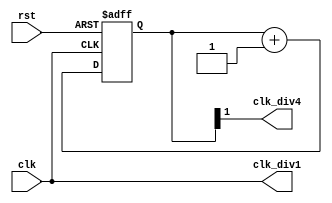
/* clock divider */
module clkgen (
	/* input clock, reset signal */
	input wire clk, rst,
	/* generated clocks */
	output wire clk_div1, clk_div4
) /* synthesis GSR=ENABLED */;

/* prescaler counter */
reg [1:0] cnt;

/* prescaler logic */
always @ (posedge clk or posedge rst)
begin
	/* reset logic */
	if (rst) begin
		cnt <= 2'b10;
	/* count pulses */
	end else begin
		cnt <= cnt + 1'b1;
	end
end

/* assign signals */
assign clk_div1 = clk;
assign clk_div4 = cnt[1];

endmodule